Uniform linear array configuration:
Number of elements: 16
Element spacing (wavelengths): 0.75
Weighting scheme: kaiser
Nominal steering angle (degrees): -45
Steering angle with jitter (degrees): -45.205
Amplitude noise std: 0.05
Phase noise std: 0.05

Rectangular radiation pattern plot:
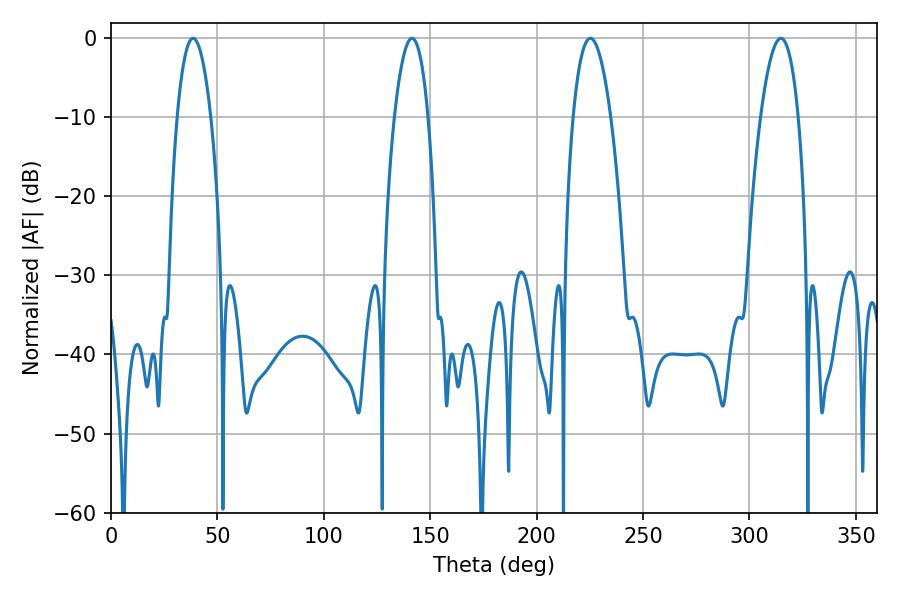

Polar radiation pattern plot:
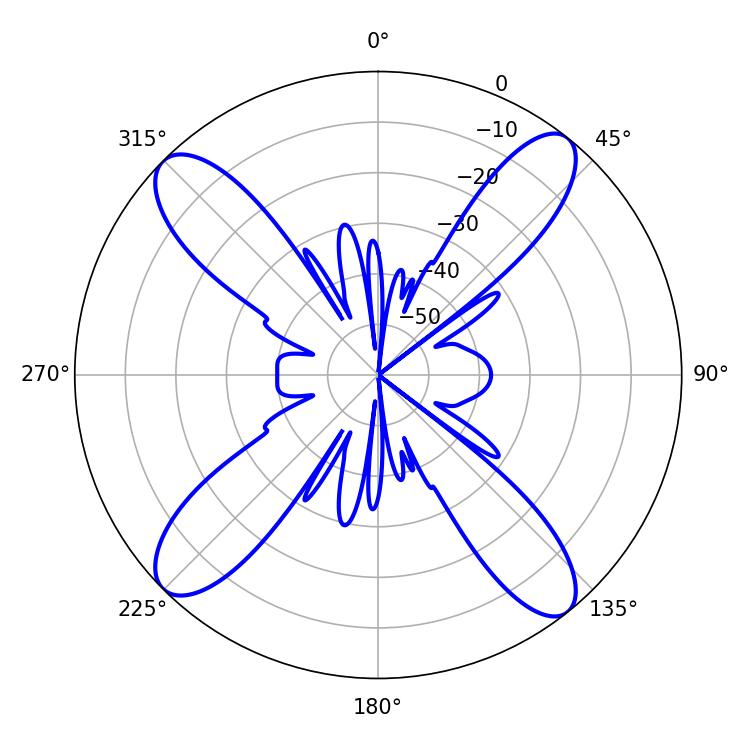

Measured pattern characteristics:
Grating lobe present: TRUE
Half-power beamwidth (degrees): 8.64
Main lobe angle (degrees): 38.52